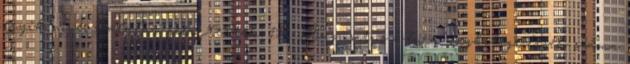
egyik nővér halálát jelentették. 115 Augusztus 9-én a megbetegedések száma